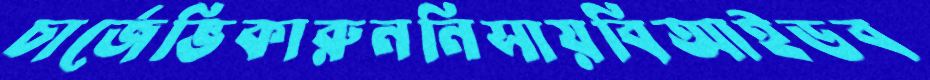
চার্জেভিকারুননিসায়বিআইডব